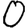
Digit: 0